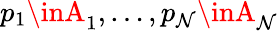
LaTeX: p_{1}\inA_{1},\ldots,p_{\mathcal{N}}\inA_{\mathcal{N}}